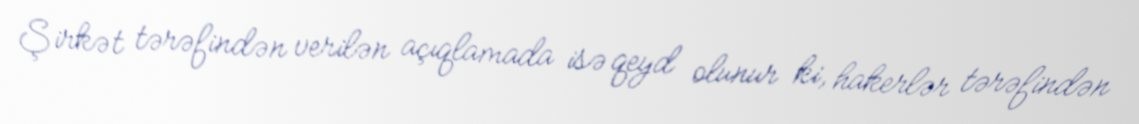
Şirkət tərəfindən verilən açıqlamada isə qeyd olunur ki, hakerlər tərəfindən